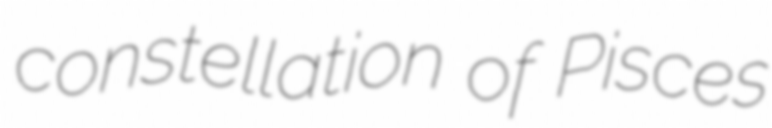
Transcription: constellation of Pisces